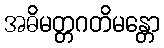
အဓိမတ္တဂတိမန္တော